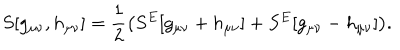
S [ g _ { \mu \nu } , h _ { \mu \nu } ] = \frac { 1 } { 2 } \big ( S ^ { E } [ g _ { \mu \nu } + h _ { \mu \nu } ] + S ^ { E } [ g _ { \mu \nu } - h _ { \mu \nu } ] \big ) .